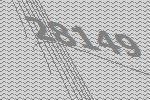
28149